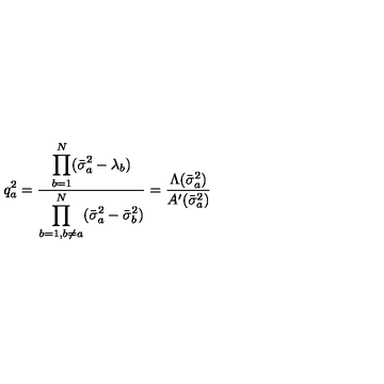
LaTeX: q _ { a } ^ { 2 } = \frac { \displaystyle \prod _ { b = 1 } ^ { N } ( \bar { \sigma } _ { a } ^ { 2 } - \lambda _ { b } ) } { \displaystyle \prod _ { b = 1 , b \neq a } ^ { N } ( \bar { \sigma } _ { a } ^ { 2 } - \bar { \sigma } _ { b } ^ { 2 } ) } = \frac { \Lambda ( \bar { \sigma } _ { a } ^ { 2 } ) } { A ^ { \prime } ( \bar { \sigma } _ { a } ^ { 2 } ) }